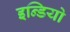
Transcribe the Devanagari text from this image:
इन्डियो